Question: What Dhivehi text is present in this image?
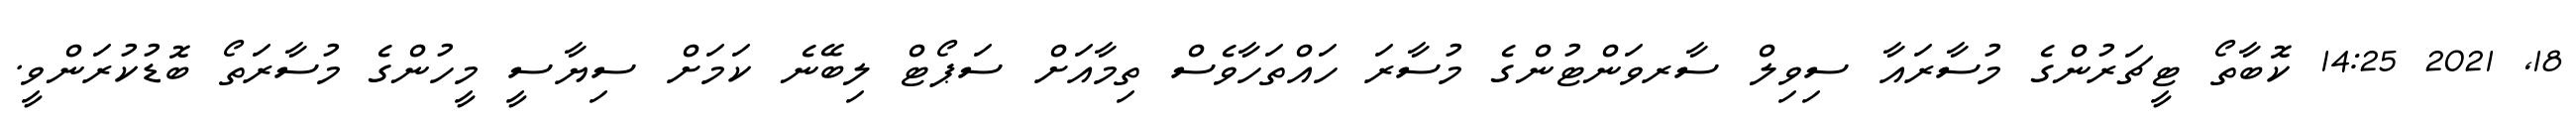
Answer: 18, 2021 14:25 ކޮބާތޯ ޓީޗަރުންގެ މުސާރައާ ސިވިލް ސާރވަންޓުންގެ މުސާރަ ހައްތަހާވެސް ތިމާއަށް ސަޕޯޓް ލިބޭނެ ކަމަށް ސިޔާސީ މީހުންގެ މުސާރަތޯ ބޮޑުކުރަންވީ.